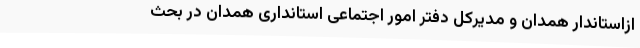
ازاستاندار همدان و مدیرکل دفتر امور اجتماعی استانداری همدان در بحث